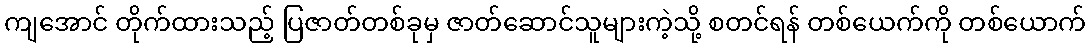
ကျအောင် တိုက်ထားသည့် ပြဇာတ်တစ်ခုမှ ဇာတ်ဆောင်သူများကဲ့သို့ စတင်ရန် တစ်ယေက်ကို တစ်ယောက်